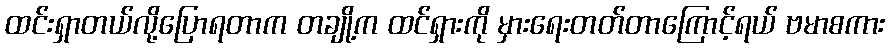
ထင်းရှာတယ်လို့ပြောရတာက တချို့က ထင်ရှားကို မှားရေးတတ်တာကြောင့်ရယ် ဗမာစကား